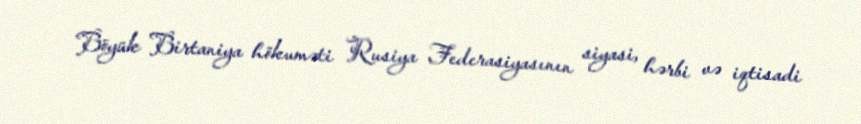
Böyük Birtaniya hökuməti Rusiya Federasiyasının siyasi, hərbi və iqtisadi